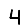
Digit: 4